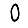
Digit: 0